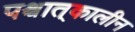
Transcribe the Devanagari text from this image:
पश्चात्‌कालीन